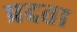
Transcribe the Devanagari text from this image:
प्रदता